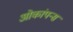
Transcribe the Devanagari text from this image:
ओकांपन्स